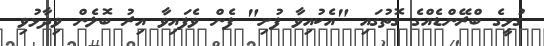
ގުޅީގެ ބްރޭންޑެއްގެ ގޮތުގައި "އެކުއިވާ ފުށި" ފެން ވެފައިވާ އިރު ބޮލެން ވިދާޅުވި